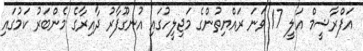
އަފްރާޝީމް އަލީ 17 ވަނަ ރައްޔިތުންގެ މަޖިލީހުގައި އުނގޫފާރު ދާއިރާގެ މެންބަރު ކަމުގައި